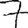
Digit: 7